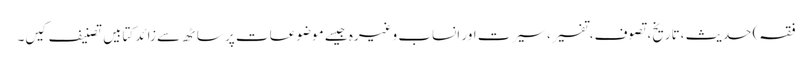
فقہ) حدیث ،تاریخ، تصوف، تفسیر، سیرت اور انساب وغیرہ جیسے موضوعات پر ساٹھ سے زائد کتابیں تصنیف کیں۔